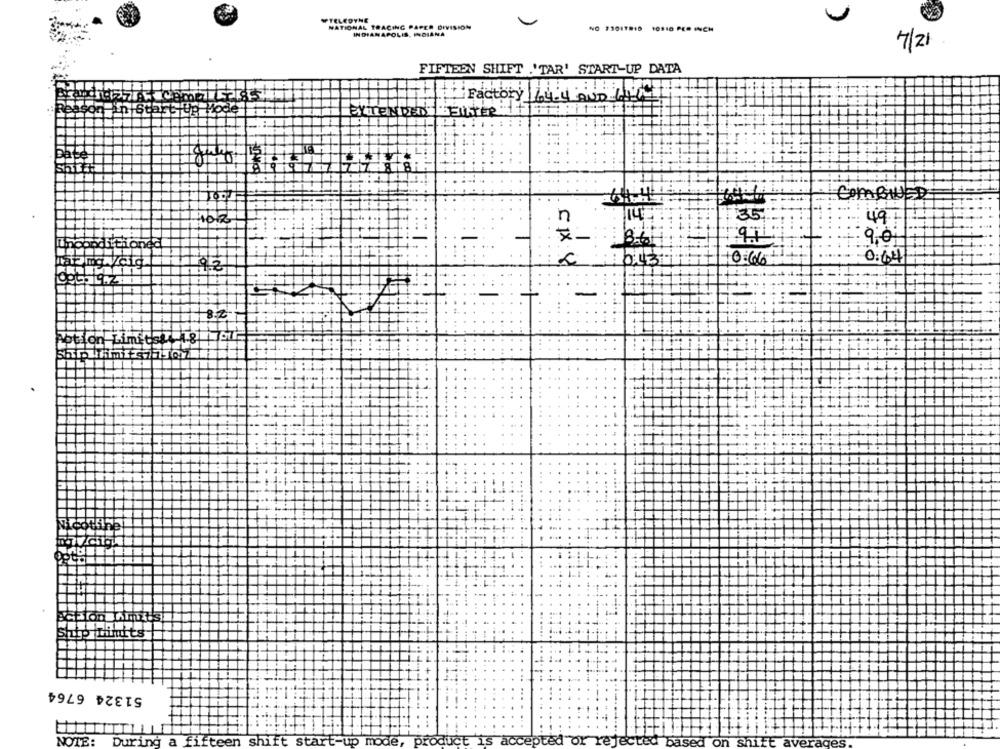
WTELEDYNE
NATIONAL TRACING PAPER DIVISION
NO 23017810 10110 PER INCH
INDIANAPOLIS, INDIANA
4/21
FIFTEEN SHIFT .'TAR' START-UP DATA
Factory 64-4 AND 64
EXTENDED
COMBINE
104
35
49.
9:0:
CIX 8
6.43
0:66
0:64
Action Limits& A
51324 6764
NOTE:
During a fifteen shift start-up mode,
ted or re
sed on